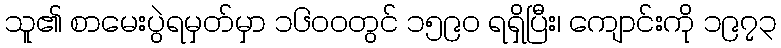
သူ၏ စာမေးပွဲရမှတ်မှာ ၁၆၀၀တွင် ၁၅၉၀ ရရှိပြီး၊ ကျောင်းကို ၁၉၇၃